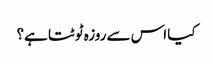
کیا اس سے روزہ ٹوٹتا ہے؟